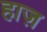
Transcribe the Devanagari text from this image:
हाज़